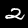
Label: 2